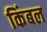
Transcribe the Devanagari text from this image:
किंबल